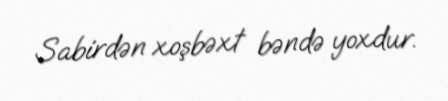
Sabirdən xoşbəxt bəndə yoxdur.